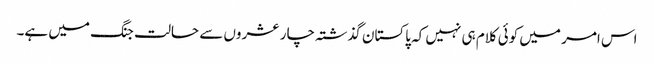
اس امر میں کوئی کلام ہی نہیں کہ پاکستان گذشتہ چار عشروں سے حالت جنگ میں ہے۔